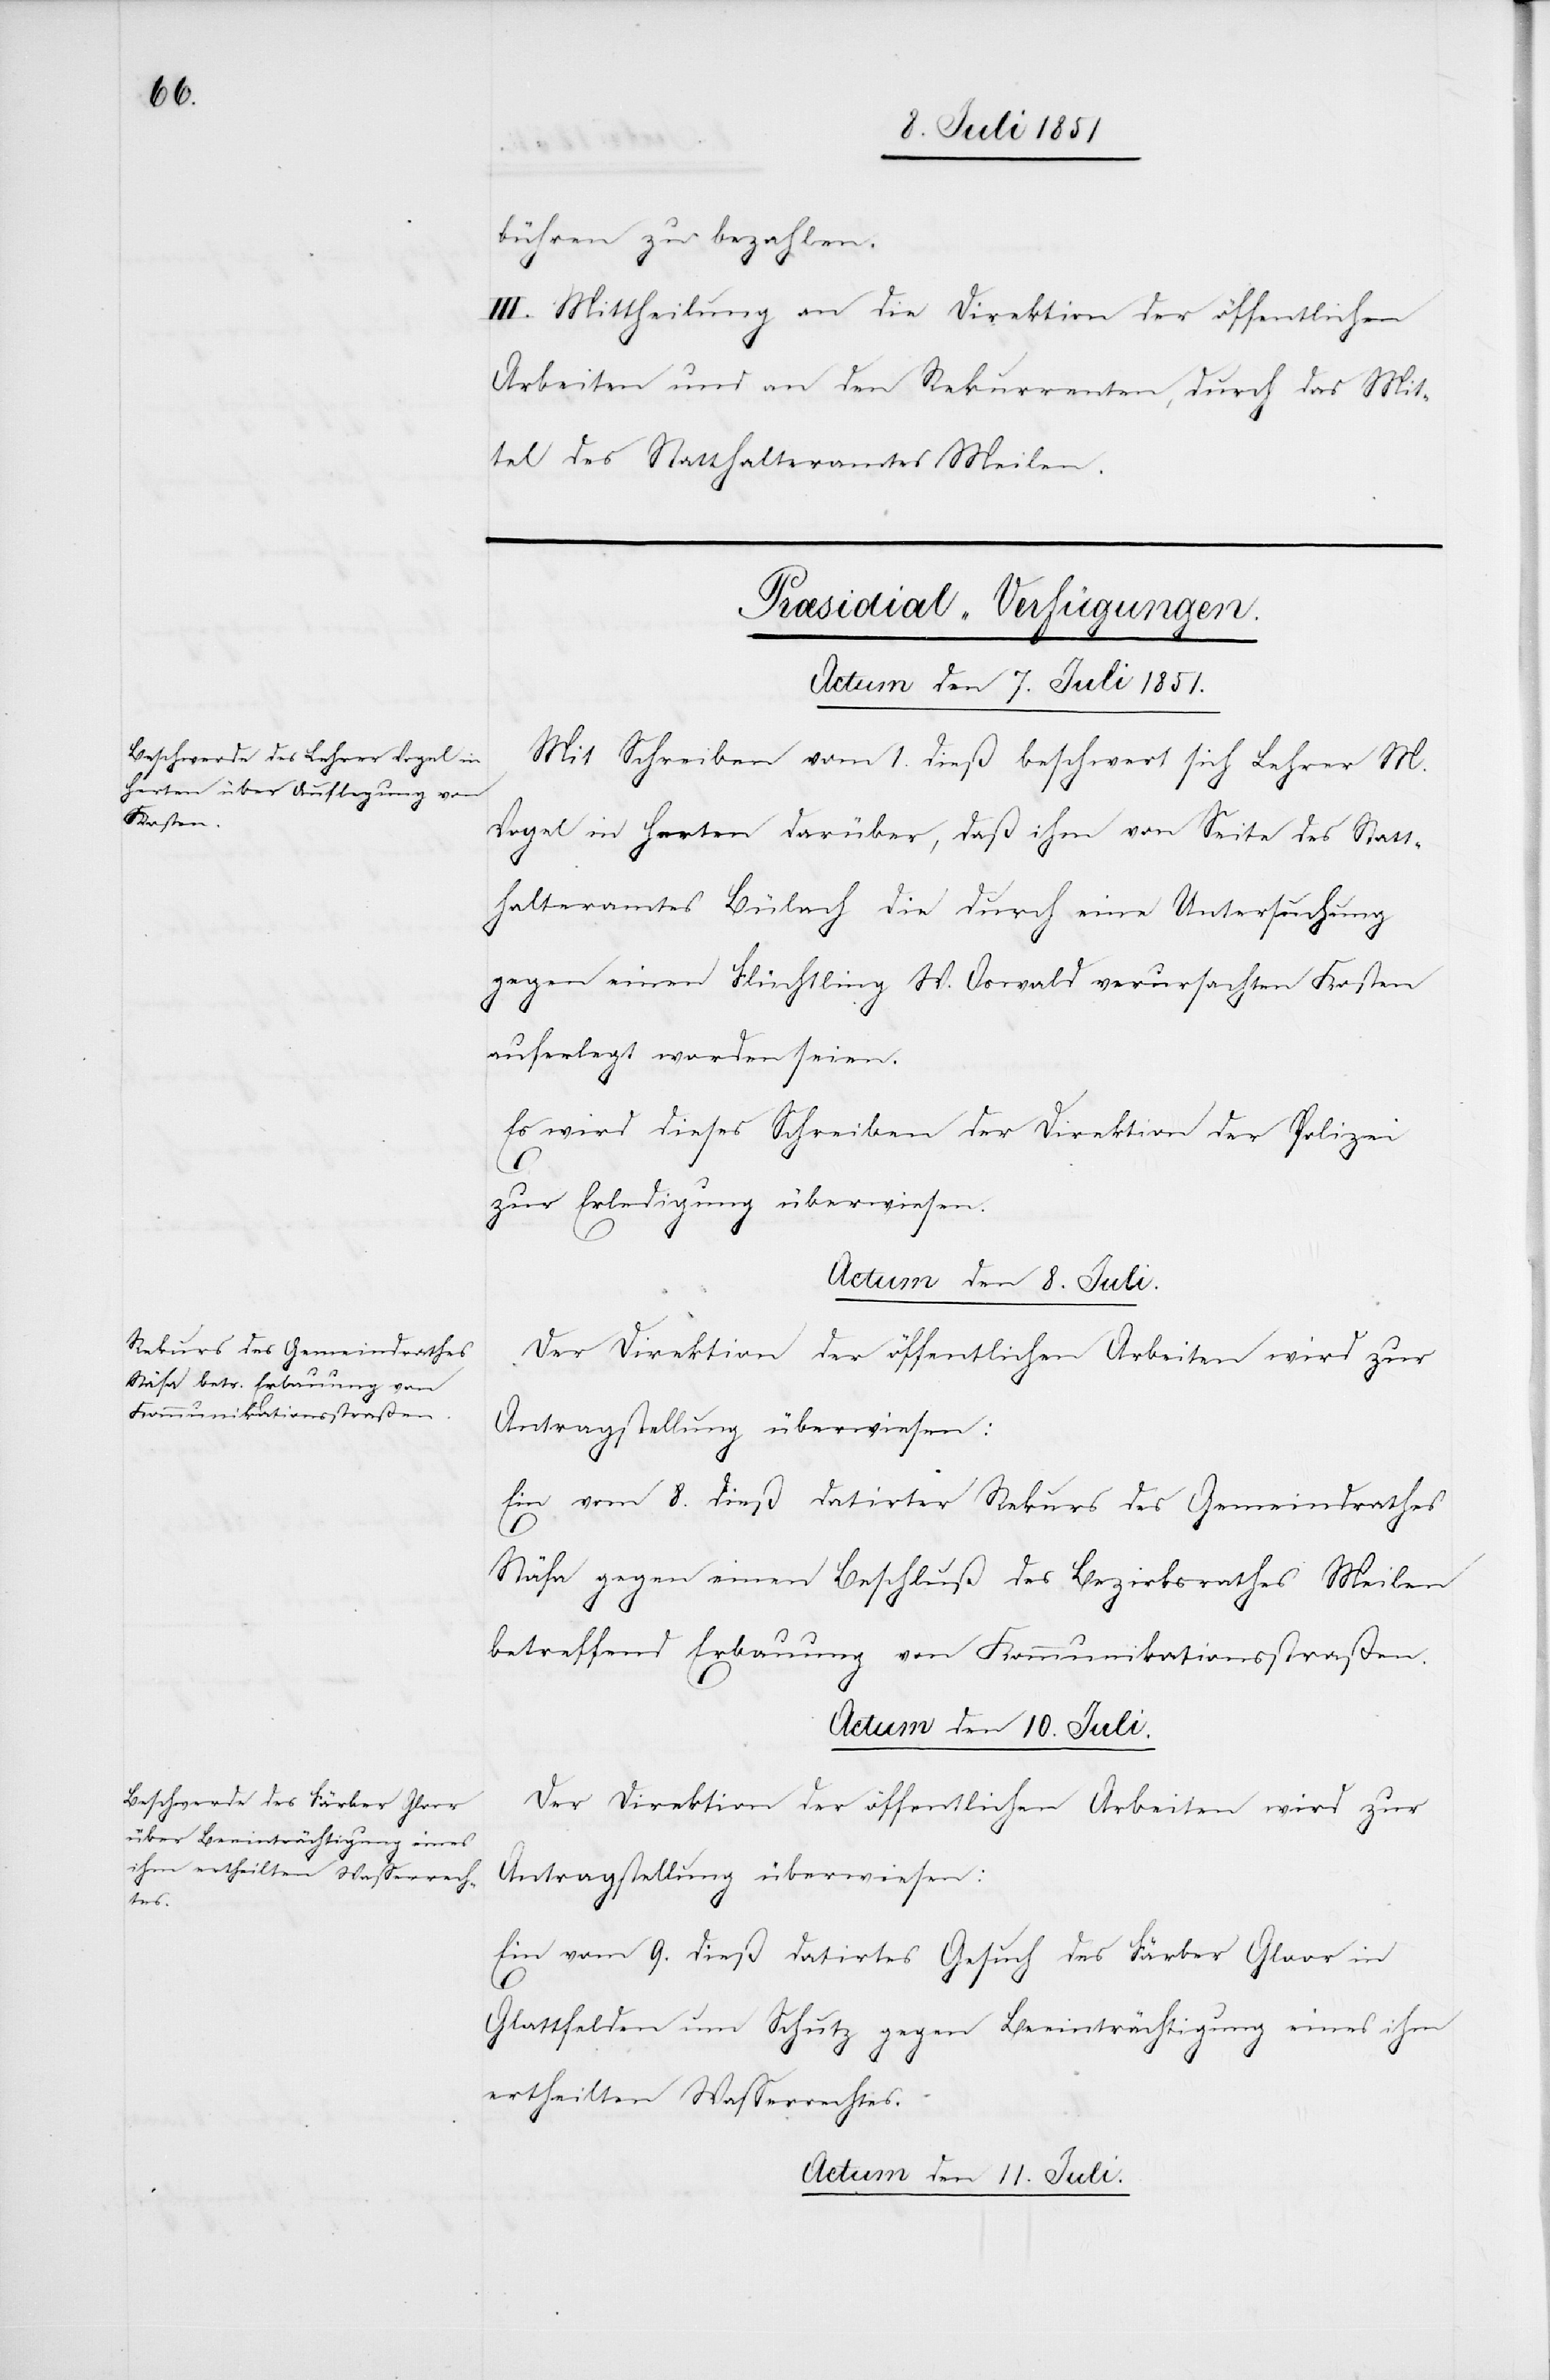
bühren zu bezahlen.
III. Mittheilung an die Direktion der öffentlichen
Arbeiten und an den Rekurrenten, durch das Mit¬
tel des Statthalteramtes Meilen.
[Præsidial-Verfügungen.]
Actum den 7. Juli 1851.
Mit Schreiben vom 1. dieß beschwert sich Lehrer M.
Vogel in Herten darüber, daß ihm von Seite des Statt¬
halteramtes Bülach die durch eine Untersuchung
gegen einen Flüchtling W. Oswald verursachten Kosten
auferlegt worden seien.
Es wird dieses Schreiben der Direktion der Polizei
zur Erledigung überwiesen.
Actum den 8. Juli.
Der Direktion der öffentlichen Arbeiten wird zur
Antragstellung überwiesen:
Ein vom 8. dieß datirter Rekurs des Gemeindrathes
Stäfa gegen einen Beschluß des Bezirksrathes Meilen
betreffend Erbauung von Kommunikationsstraßen.
Actum den 10. Juli.
Der Direktion der öffentlichen Arbeiten wird zur
Antragstellung überwiesen:
Ein vom 9. dieß datirtes Gesuch des Färber Gloor in
Glattfelden um Schutz gegen Beeinträchtigung eines ihm
ertheilten Wasserrechtes.
Actum den 11. Juli.